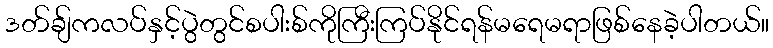
ဒတ်ချ်ကလပ်နှင့်ပွဲတွင်စပါးစ်ကိုကြီးကြပ်နိုင်ရန်မရေမရာဖြစ်နေခဲ့ပါတယ်။